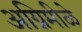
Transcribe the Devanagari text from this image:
अग्निमीळे